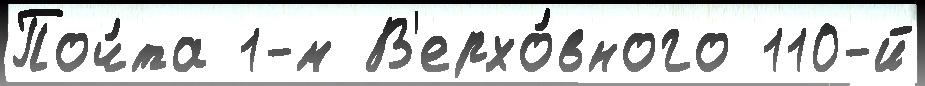
Поч́та 1-м В'ерхо́вного 110-й